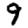
Digit: 9